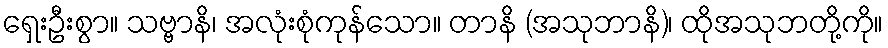
ရှေးဦးစွာ။ သဗ္ဗာနိ၊ အလုံးစုံကုန်သော။ တာနိ (အသုဘာနိ)၊ ထိုအသုဘတို့ကို။